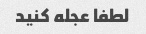
لطفا عجله کنید